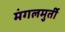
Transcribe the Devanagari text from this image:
मंगलमुर्ती